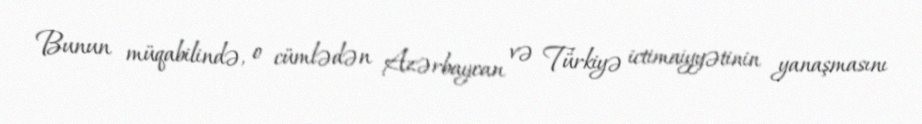
Bunun müqabilində, o cümlədən Azərbaycan və Türkiyə ictimaiyyətinin yanaşmasını